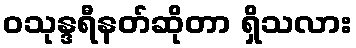
ဝသုန္ဒရီနတ်ဆိုတာ ရှိသလား